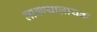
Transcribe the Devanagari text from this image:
लावण्यालायक